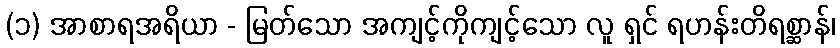
(၁) အာစာရအရိယာ - မြတ်သော အကျင့်ကိုကျင့်သော လူ ရှင် ရဟန်းတိရစ္ဆာန်၊